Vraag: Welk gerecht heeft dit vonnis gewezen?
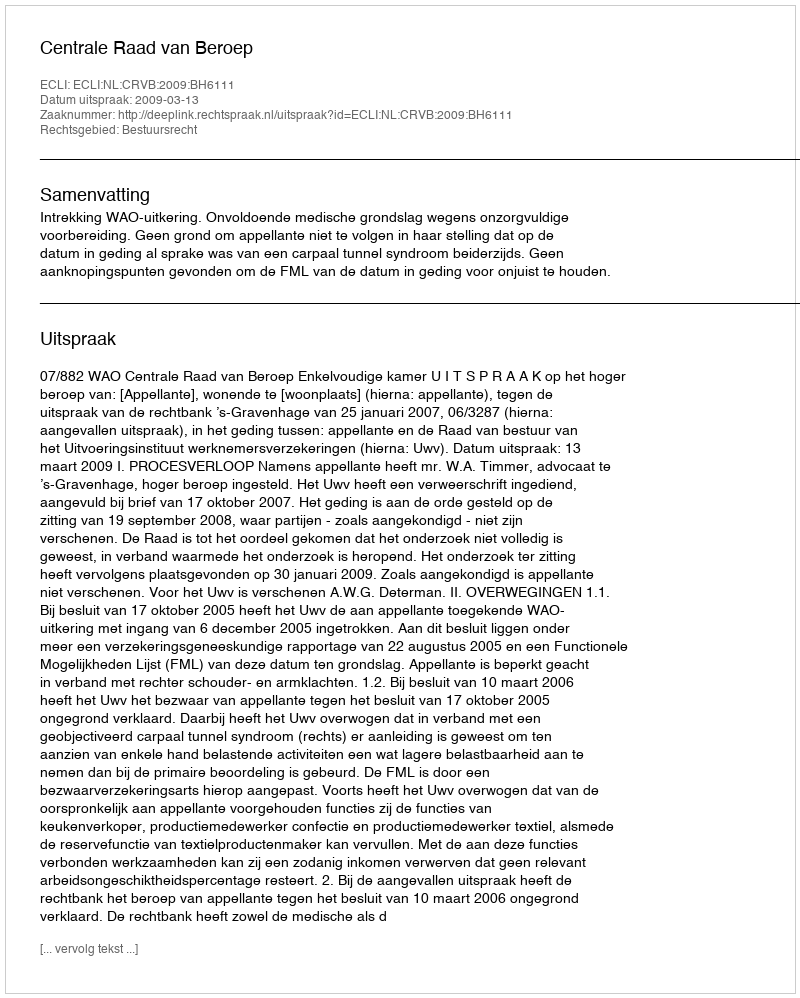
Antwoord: Centrale Raad van Beroep